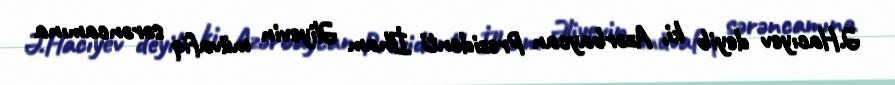
Ə.Hacıyev deyib ki, Azərbaycan Prezidenti İlham Əliyevin müvafiq sərəncamına